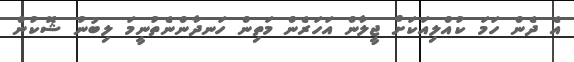
އެ ދެން ހަމަ ކުއްލިއަކަށް ޖީލާން އަހަރެން މަތިން ހަނދާންނެތުނީމަ ލިބުނު ޝޮކުން